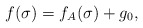
\begin{align*}f(\sigma) = f_A(\sigma) + g_0,\end{align*}